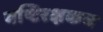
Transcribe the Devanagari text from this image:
यष्टिरक्षकच